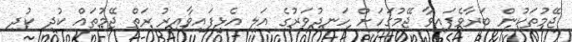
ޖޭމުތަކުން ބަރާވެފައިވާ ޖޭމުގަހަށް ހަނދުވަރުގެ އަލި އެޅިފައިވާއިރު ރަތް ޖޭމުތައް ކުދި ކުދި